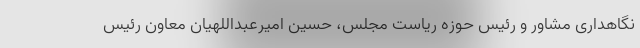
نگاهداری مشاور و رئیس حوزه ریاست مجلس، حسین امیرعبداللهیان معاون رئیس